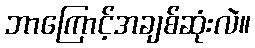
ဘာကြောင့်အချစ်ဆုံးလဲ။